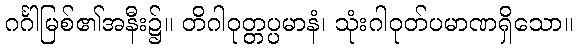
ဂင်္ဂါမြစ်၏အနီး၌။ တိဂါဝုတ္တပ္ပမာနံ၊ သုံးဂါဝုတ်ပမာဏရှိသော။